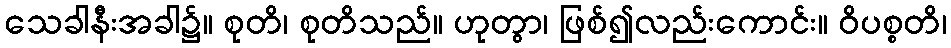
သေခါနီးအခါ၌။ စုတိ၊ စုတိသည်။ ဟုတွာ၊ ဖြစ်၍လည်းကောင်း။ ဝိပစ္စတိ၊